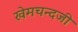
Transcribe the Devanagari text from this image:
खेमचन्दजी